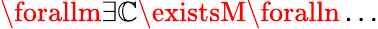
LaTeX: \forallm\exists\mathbb{C}\existsM\foralln\dots